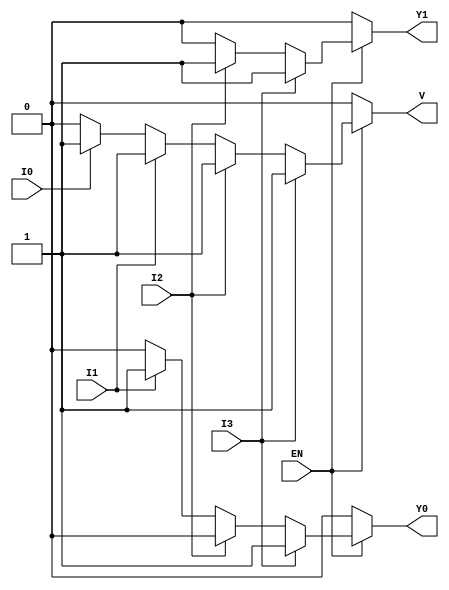
module encoder_4to2 (
    input wire I3,    // Highest priority input
    input wire I2,
    input wire I1,
    input wire I0,    // Lowest priority input
    input wire EN,    // Enable signal
    output reg Y1,    // Output bit 1
    output reg Y0,    // Output bit 0
    output reg V      // Valid output
);

always @(*) begin
    // Default output
    Y1 = 1'b0;
    Y0 = 1'b0;
    V = 1'b0;

    if (EN) begin
        if (I3) begin
            Y1 = 1'b1; // Y1 = 1, Y0 = 1
            Y0 = 1'b1;
            V = 1'b1; // Valid output
        end else if (I2) begin
            Y1 = 1'b1; // Y1 = 1, Y0 = 0
            Y0 = 1'b0;
            V = 1'b1; // Valid output
        end else if (I1) begin
            Y1 = 1'b0; // Y1 = 0, Y0 = 1
            Y0 = 1'b1;
            V = 1'b1; // Valid output
        end else if (I0) begin
            Y1 = 1'b0; // Y1 = 0, Y0 = 0
            Y0 = 1'b0;
            V = 1'b1; // Valid output
        end
    end
end

endmodule